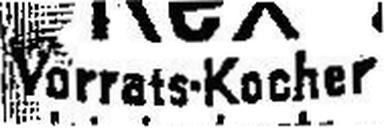
Vorrats-Kocher